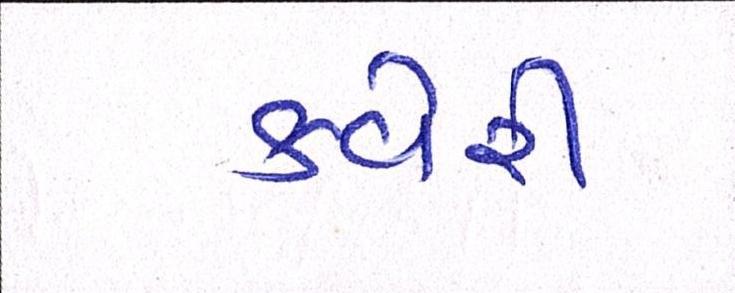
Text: કવેરી